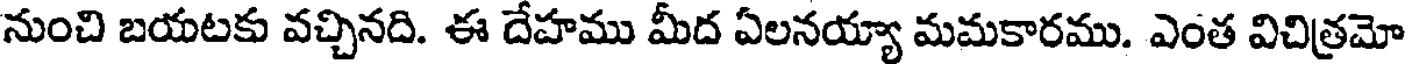
నుంచి బయటకు వచ్చినది. ఈ దేహము మీద ఏలనయ్యా మమకారము. ఎంత విచిత్రమో